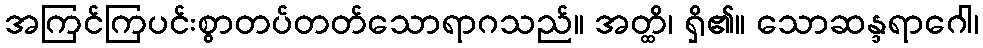
အကြင်ကြပင်းစွာတပ်တတ်သောရာဂသည်။ အတ္ထိ၊ ရှိ၏။ သောဆန္ဒရာဂေါ၊